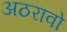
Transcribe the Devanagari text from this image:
अठरावो